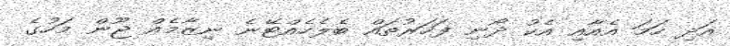
އަދި ހަމަ އެއާއި އެކު ދޯނި ފަހަރުތައް ބެލެހެއްޓޭނެ ނިޒާމެއް ޖޫން މަހުގެ